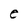
Character: e